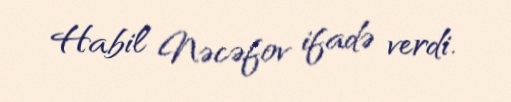
Habil Nəcəfov ifadə verdi.